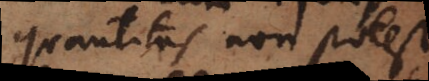
quantitas non potest